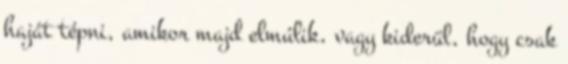
haját tépni, amikor majd elmúlik, vagy kiderül, hogy csak